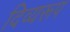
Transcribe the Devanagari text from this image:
दिव्यरूप